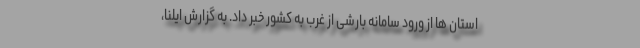
استان ها از ورود سامانه بارشی از غرب به کشور خبر داد. به گزارش ایلنا،